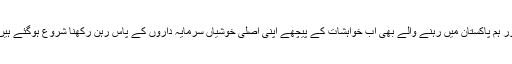
اور ہم پاکستان میں رہنے والے بھی اب خواہشات کے پیچھے اپنی اصلی خوشیاں سرمایہ داروں کے پاس رہن رکھنا شروع ہوگئے ہیں۔